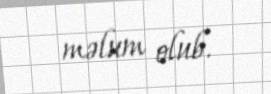
məlum olub.